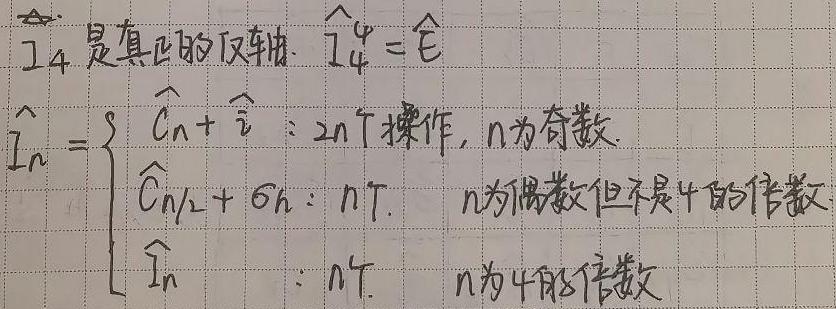
\(\widehat{I}_4\)是真正的反轴\(.\(\widehat{I}_4\)=\widehat{E}\)\\
\(\widehat{I}_n=\begin{cases}
\(\widehat{C}_n+\widehat{i}&:2n\)操作,n为奇数.\\
\(\widehat{C}_{n/2}+\sigma_h&:n\)个,n为偶数但不是4的倍数.\\
\(\widehat{I}_n&:n\)个,n为4的倍数\\
\end{cases}